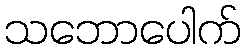
သဘောပေါက်